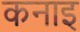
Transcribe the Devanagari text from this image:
कनाइ